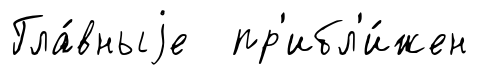
Гла́вныjе пр'ибл'и́жен